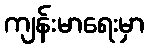
ကျန်းမာရေးမှာ